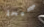
صحيحة